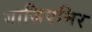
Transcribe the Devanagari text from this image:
गाज़िएमिर